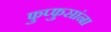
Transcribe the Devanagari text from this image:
फुप्फुसांना